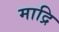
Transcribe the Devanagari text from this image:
माद्रि